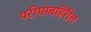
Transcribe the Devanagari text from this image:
परीघाबाहेरील